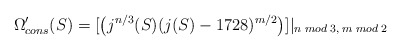
\begin{align*}\Omega^{\prime}_{cons}(S) = [\left(j^{n/3}(S)(j(S)-1728)^{m/2}\right)]|_{n\;mod\;3,\;m\;mod\;2}\end{align*}